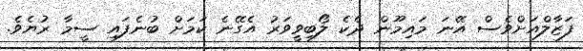
ފަޒާލްއަށްވެސް އޭނަ މައިމޫން ދެކެ ލޯބިވީވަރު އެގޭނެ ކަމަށް ބުނެފައި ސީމާ ރުޔެވެ.